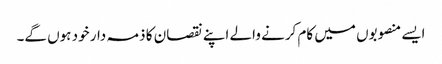
ایسے منصوبوں میں کام کرنے والے اپنے نقصان کا ذمہ دار خود ہوں گے۔